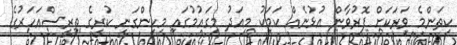
ކިތަންމެ ވަރަކަށް ފޮރުވާން އުޅުނެއް ކަމަކު މިއަދު މިގައުމުގައި މިހިންގަނީ ކުރީގެ ތިރީސްއަހަރުގެ